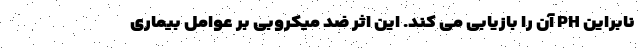
نابراین PH آن را بازیابی می کند. این اثر ضد میکروبی بر عوامل بیماری